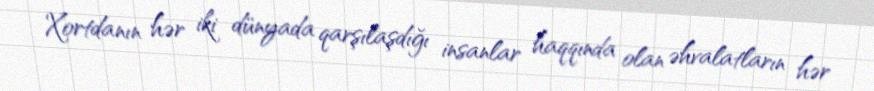
Xortdanın hər iki dünyada qarşılaşdığı insanlar haqqında olan əhvalatların hər